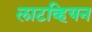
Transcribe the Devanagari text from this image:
लाटव्हियन